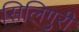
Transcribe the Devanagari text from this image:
सिलिगुरी